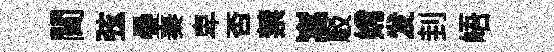
閫弦疊秦卑否禁嵩駁嫦发刲峿